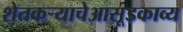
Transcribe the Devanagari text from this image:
शेतकऱ्याचेआसूडकाव्य